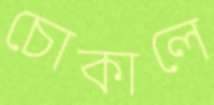
চোকালে